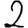
Digit: 2